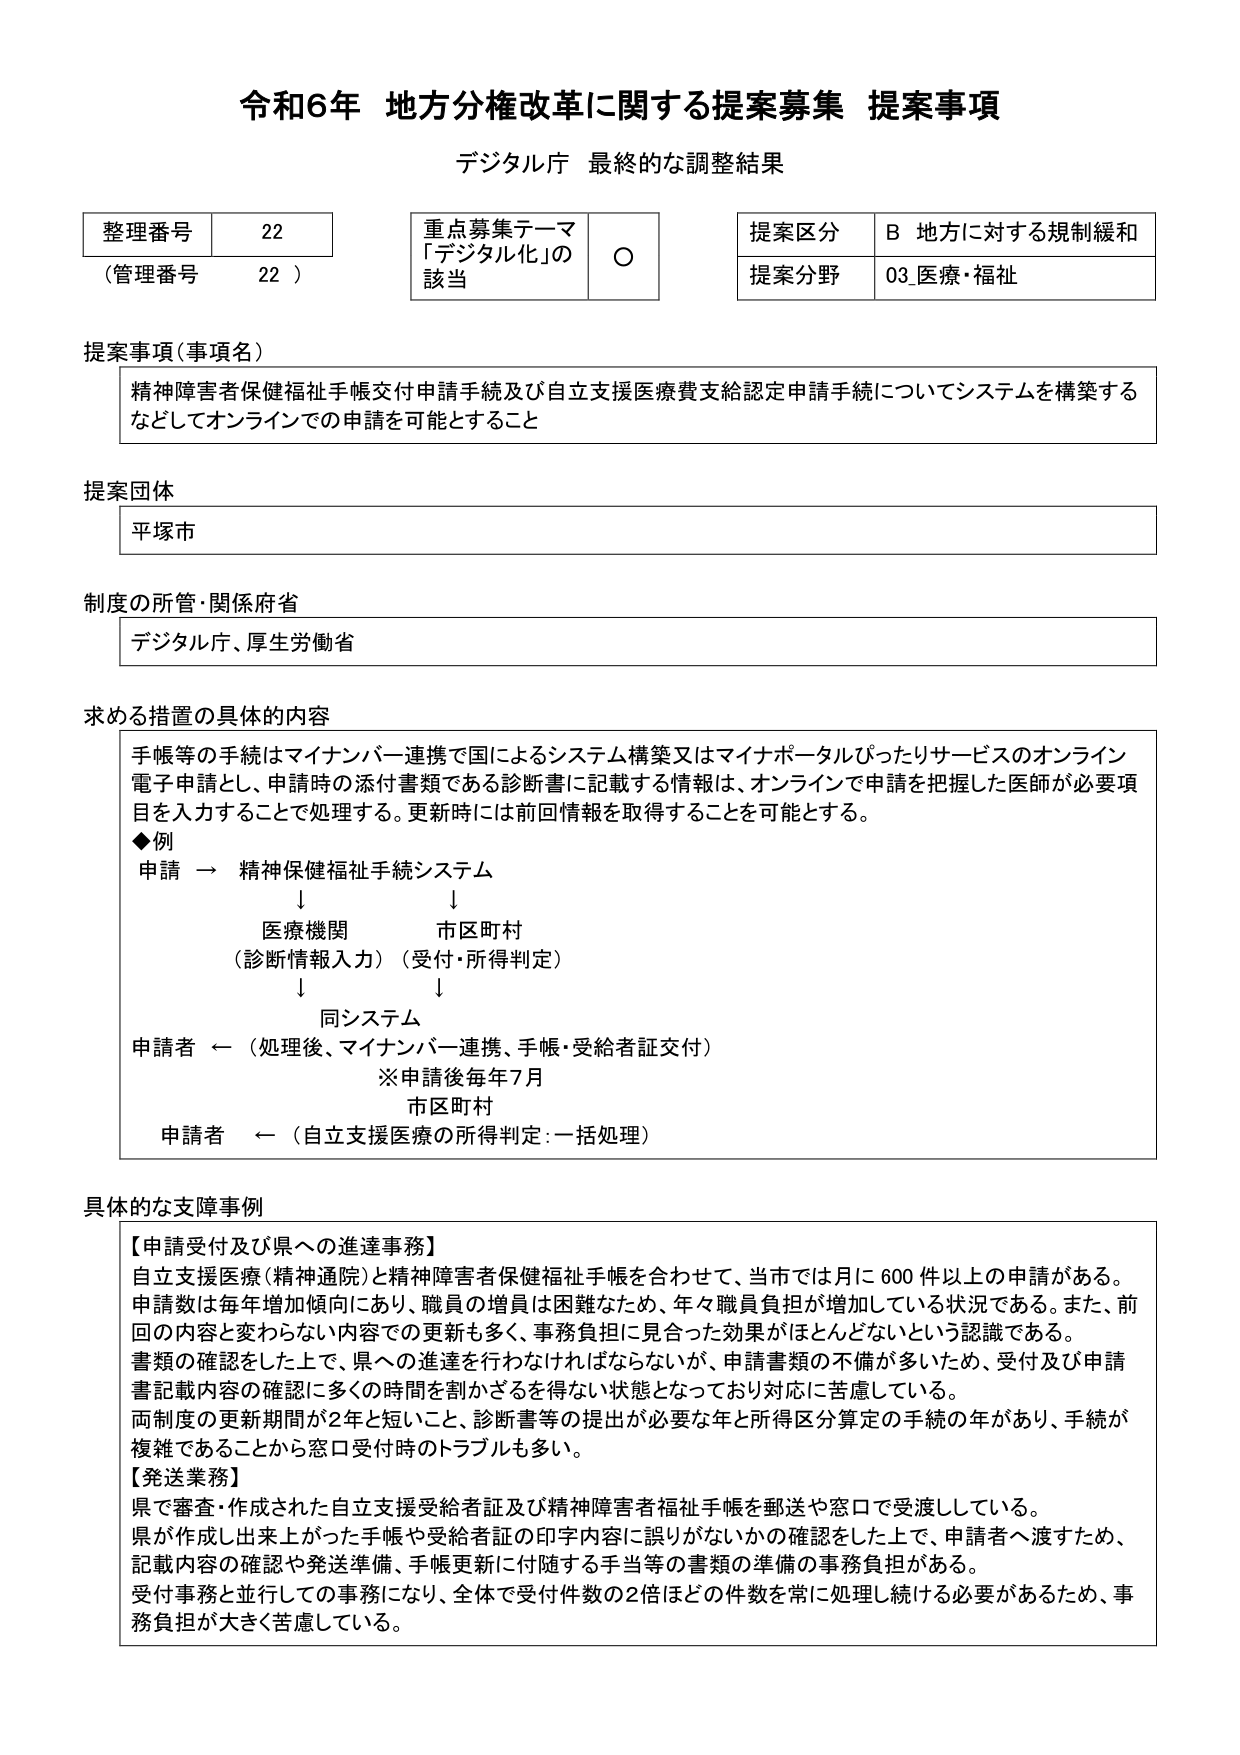
令和6年 地方分権改革に関する提案募集 提案事項
デジタル庁 最終的な調整結果

整理番号 22
（管理番号 22）

重点募集テーマ
「デジタル化」の該当 ○

提案区分 B 地方に対する規制緩和
提案分野 03 医療・福祉

提案事項（事項名）
精神障害者保健福祉手帳交付申請手続及び自立支援医療費支給認定申請手続についてシステムを構築するなどしてオンラインでの申請を可能とすること

提案団体
平塚市

制度の所管・関係府省
デジタル庁、厚生労働省

求める措置の具体的内容
手帳等の手続はマイナンバー連携で国によるシステム構築又はマイナポータルぴったりサービスのオンライン電子申請とし、申請時の添付書類である診断書に記載する情報は、オンラインで申請を把握した医師が必要項目を入力することで処理する。更新時には前回情報を取得することを可能とする。
◆例
申請 → 精神保健福祉手続システム
↓ ↓
医療機関 市区町村
（診断情報入力）（受付・所得判定）
↓ ↓
同システム
申請者 ←（処理後、マイナンバー連携、手帳・受給者証交付）
※申請後毎年7月
市区町村
申請者 ←（自立支援医療の所得判定：一括処理）

具体的な支障事例
【申請受付及び県への進達事務】
自立支援医療（精神通院）と精神障害者保健福祉手帳を合わせて、当市では月に600件以上の申請がある。申請数は毎年増加傾向にあり、職員の増員は困難なため、年々職員負担が増加している状況である。また、前回の内容と変わらない内容での更新も多く、事務負担に見合った効果がほとんどないという認識である。書類の確認をした上で、県への進達を行わなければならないが、申請書類の不備が多いため、受付及び申請書記載内容の確認に多くの時間を割かざるを得ない状態となっており対応に苦慮している。両制度の更新期間が2年と短いこと、診断書等の提出が必要な年と所得区分算定の手続の年があり、手続が複雑であることから窓口受付時のトラブルも多い。
【発送業務】
県で審査・作成された自立支援受給者証及び精神障害者福祉手帳を郵送や窓口で受渡ししている。県が作成し出来上がった手帳や受給者証の印字内容に誤りがないかの確認をした上で、申請者へ渡すため、記載内容の確認や発送準備、手帳更新に付随する手当等の書類の準備の事務負担がある。受付事務と並行しての事務になり、全体で受付件数の2倍ほどの件数を常に処理し続ける必要があるため、事務負担が大きく苦慮している。